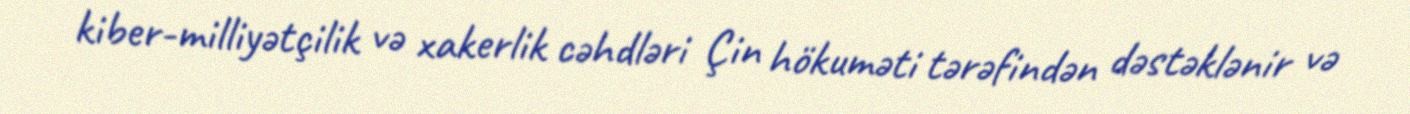
kiber-milliyətçilik və xakerlik cəhdləri Çin hökuməti tərəfindən dəstəklənir və